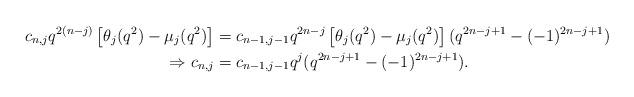
LaTeX: \begin{align*} c_{n,j}q^{2(n-j)}\left[\theta_{j}(q^{2})-\mu_{j}(q^{2})\right]&=c_{n-1,j-1}q^{2n-j}\left[\theta_{j}(q^{2})-\mu_{j}(q^{2})\right](q^{2n-j+1}-(-1)^{2n-j+1})\\ \Rightarrow c_{n,j}&=c_{n-1,j-1}q^{j}(q^{2n-j+1}-(-1)^{2n-j+1}). \end{align*}